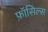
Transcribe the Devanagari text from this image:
फ़ॉसिल्स